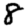
Digit: 8